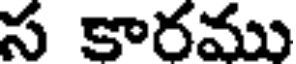
స కారము